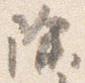
除